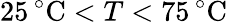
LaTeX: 25\, ^{\circ}\mathrm{C}<T<75\, ^{\circ}\mathrm{C}